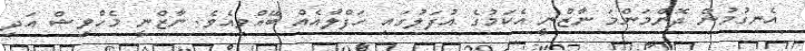
އެނގުމުން ދޮންމަންމަ ނާޒްނީ އެކަމުގެ އުފަލުގައި ހަފްލާއެއް ބޭއްވިއެވެ. ނާޒްނީ މެހްވިޝް އަދި